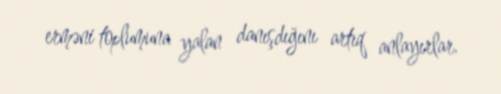
erməni toplumuna yalan danışdığını artıq anlayırlar.